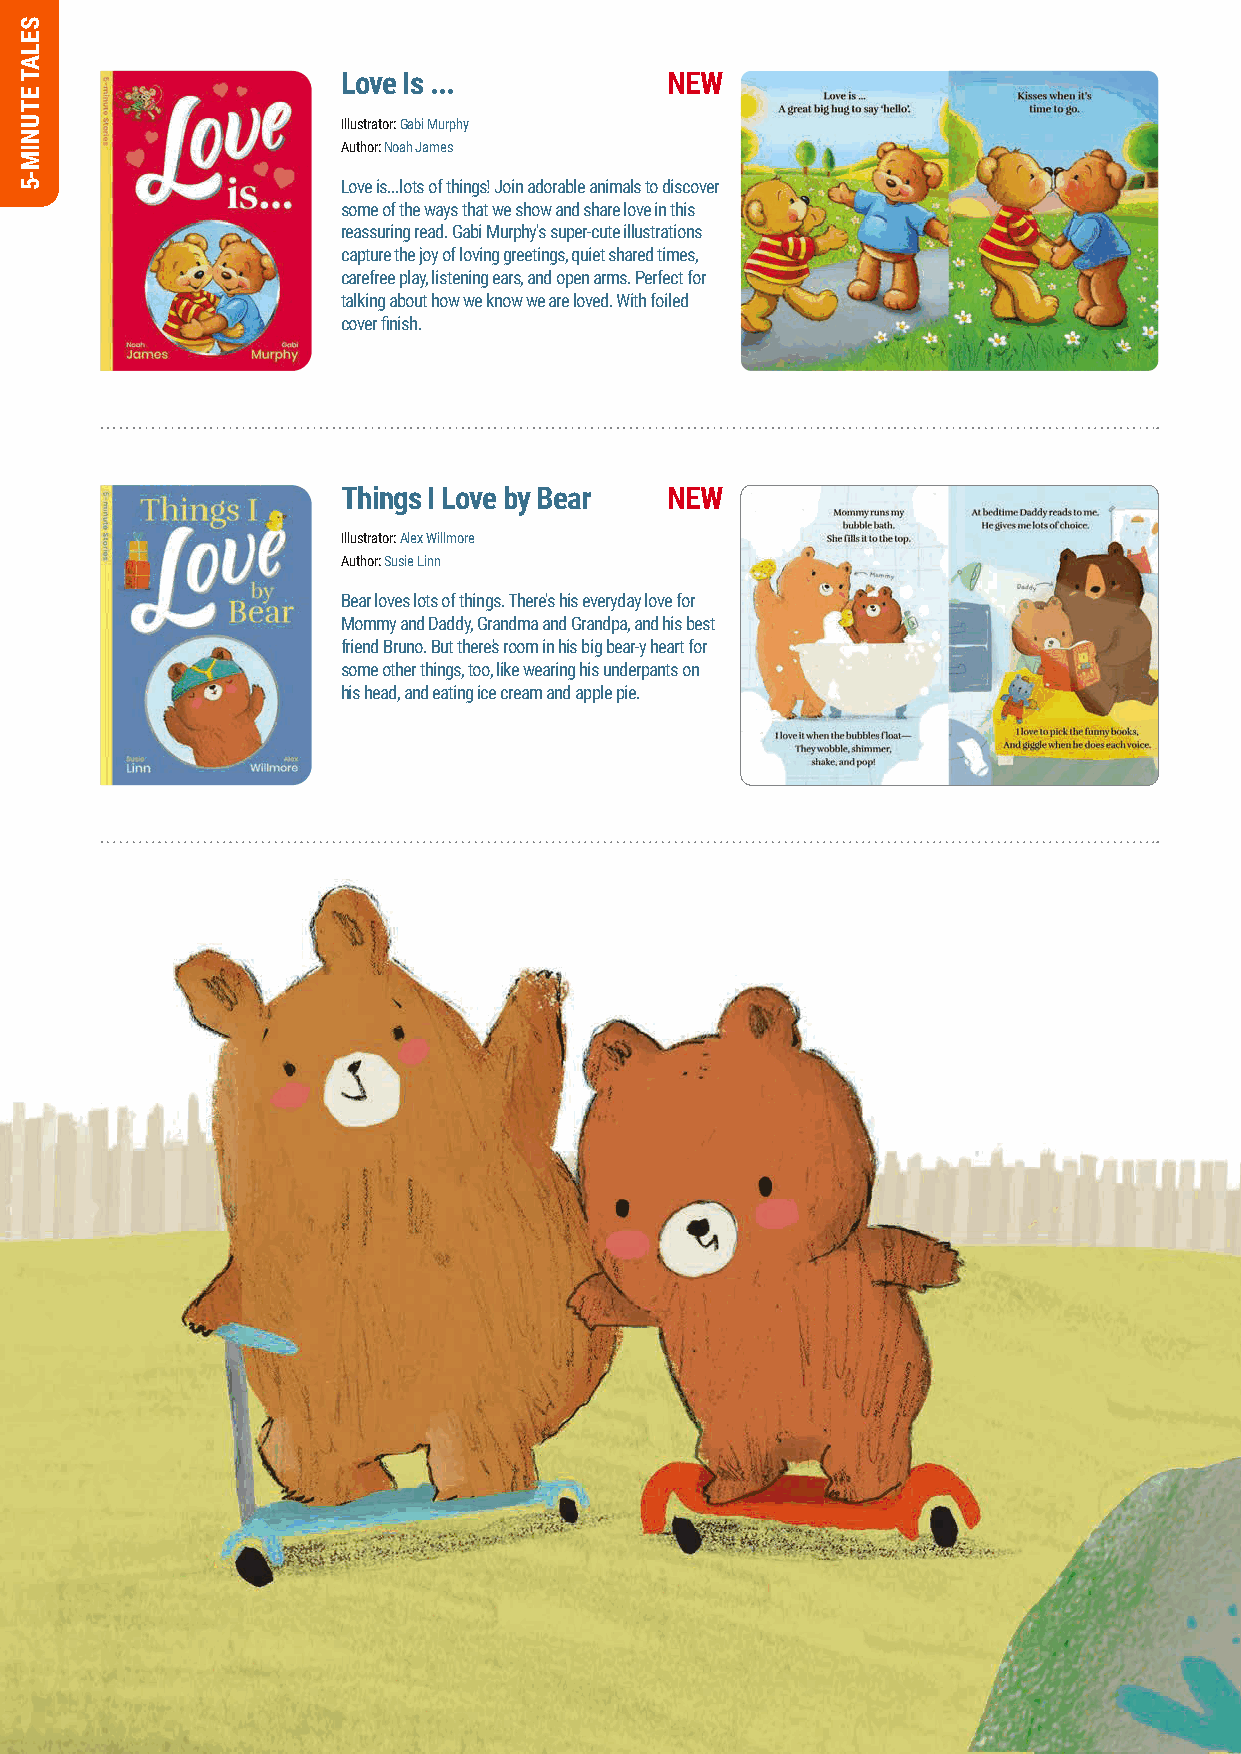
Love Is ...          NEW
 Illustrator: Gabi Murphy
 Author: Noah James
 Love is...lots of things! Join adorable animals to discover
 some of the ways that we show and share love in this
 reassuring read. Gabi Murphy's super-cute illustrations
 capture the joy of loving greetings, quiet shared times,
 carefree play, listening ears, and open arms. Perfect for
 talking about how we know we are loved. With foiled
 cover finish.
 Things I Love by Bear NEW
 Illustrator: Alex Willmore
 Author: Susie Linn
 Bear loves lots of things. There's his everyday love for
 Mommy and Daddy, Grandma and Grandpa, and his best
 friend Bruno. But there's room in his big bear-y heart for
 some other things, too, like wearing his underpants on
 his head, and eating ice cream and apple pie.
 49
 SELAT
 ETUNIM-5